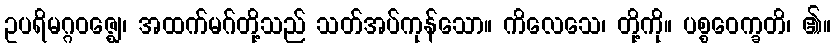
ဥပရိမဂ္ဂဝဇ္ဈေ၊ အထက်မဂ်တို့သည် သတ်အပ်ကုန်သော။ ကိလေသေ၊ တို့ကို။ ပစ္စဝေက္ခတိ၊ ၏။